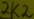
Text: 2k2